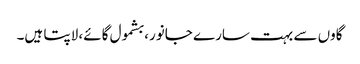
گاوں سے بہت سارے جانور، بشمول گائے، لاپتا ہیں۔